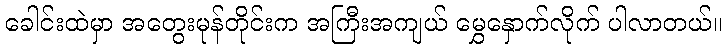
ခေါင်းထဲမှာ အတွေးမုန်တိုင်းက အကြီးအကျယ် မွှေနှောက်လိုက် ပါလာတယ်။